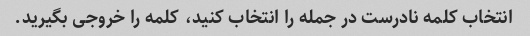
انتخاب کلمه نادرست در جمله را انتخاب کنید، کلمه را خروجی بگیرید.